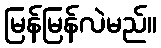
မြန်မြန်လဲမည်။